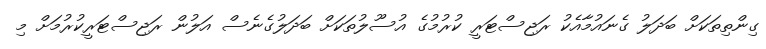
ގިންތިތަކަށް ބަދަލު ގެނައުމާއެކު ރަޖިސްޓަރީ ކުރުމުގެ އުސޫލުތަކަށް ބަދަލުގެނެސް އަލުން ރަޖިސްޓަރީކުރުމަށް މި